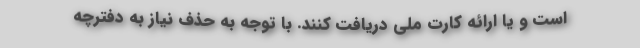
است و یا ارائه کارت ملی دریافت کنند. با توجه به حذف نیاز به دفترچه